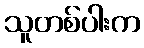
သူတစ်ပါးက